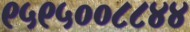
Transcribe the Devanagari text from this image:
९५९५००८८४४